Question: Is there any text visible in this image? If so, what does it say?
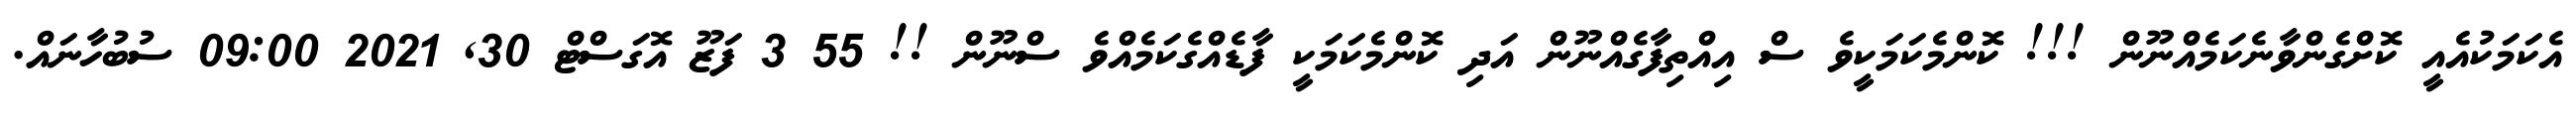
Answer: އެކަމަކުއެއީ ކޮށްގެންވާނެކަމެއްނޫން !!! ކޮންމެކަމަކީވެ ސް އިއްތިފާގެއްނޫން އަދި ކޮންމެކަމަކީ ފާޑެއްގެކަމެއްވެ ސްނޫން !! 55 3 ފަޒޫ އޮގަސްޓް 30, 2021 09:00 ސުބުހާނައް.